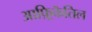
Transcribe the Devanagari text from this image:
आफ़्रिकॆतिल